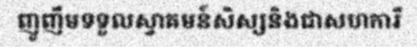
ញូញឹមទទួលស្វាគមន៍សិស្សនិងជាសហការី